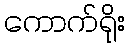
ကောက်ရိုး